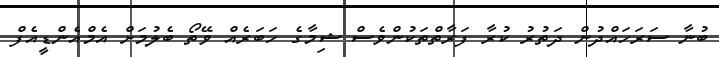
ބުނާ ސަރަހައްދުން ދަތުރު ކުރާ ފަރާތްތަކުންވެސް ޝިމާގެ ހަބަރެއް ވޭތޯ ބެލުމަށް އެމްއެންޑީއެފް